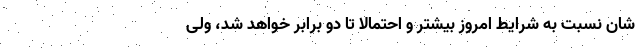
شان نسبت به شرایط امروز بیشتر و احتمالا تا دو برابر خواهد شد، ولی